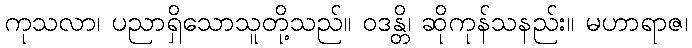
ကုသလာ၊ ပညာရှိသောသူတို့သည်။ ဝဒန္တိ၊ ဆိုကုန်သနည်း။ မဟာရာဇ၊